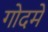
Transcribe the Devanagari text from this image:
गोदमें